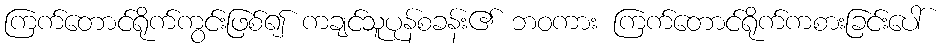
ကြက်တောင်ရိုက်ကွင်းဖြစ်၍ ကချင်သူပုန်စခန်း၏ ဘဝကား ကြက်တောင်ရိုက်ကစားခြင်းပေါ်